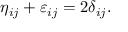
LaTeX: \eta _ { i j } + \varepsilon _ { i j } = 2 \delta _ { i j } .